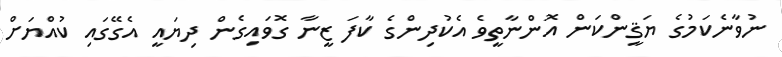
ނުވާނެކަމުގެ ޔަޤީންކަން އޮންނާތީވެ އެކުދިންގެ ކާފަ ޒީނާ ގޮވައިގެން ދިޔައީ އެގޭގައި ކުއްޔަށް